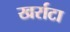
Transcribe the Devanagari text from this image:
खर्राटा